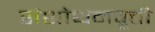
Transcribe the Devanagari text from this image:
संशोधनवृत्ती